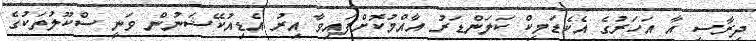
ދިރާސީ އާ އަހަރުގެ އެކެޑަމިކް ކަލަންޑަރު އާއްމުކޮށްފައިވާ އިރު އެޑިއުކޭޝަނުން ވަނީ ސްކޫލުތަކުގެ